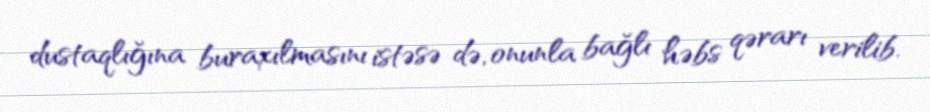
dustaqlığına buraxılmasını istəsə də, onunla bağlı həbs qərarı verilib.